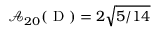
\mathcal { A } _ { 2 0 } ( \mathrm { ~ D ~ } ) = 2 \sqrt { 5 / 1 4 }